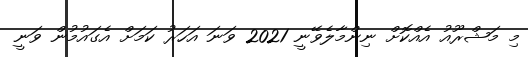
މި މަޝްރޫއު އެއްކޮށް ނިންމާލެވޭނީ 2021 ވަނަ އަހަރު ކަމަށް އެގައުމުން ވަނީ